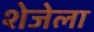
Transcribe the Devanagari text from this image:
शेजेला